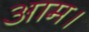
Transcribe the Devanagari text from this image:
आम।